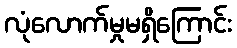
လုံလောက်မှုမရှိကြောင်း